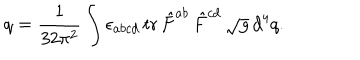
q = \frac 1 { 3 2 \pi ^ { 2 } } \int \epsilon _ { a b c d } \, \mathrm { t r \, } \hat { F } ^ { a b } \, \hat { F } ^ { c d } \, \sqrt { g } \, d ^ { 4 } q .